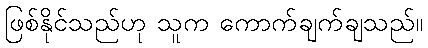
ဖြစ်နိုင်သည်ဟု သူက ကောက်ချက်ချသည်။